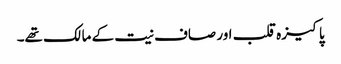
پاکیزہ قلب اور صاف نیت کے مالک تھے۔